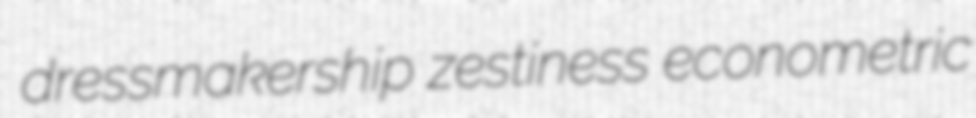
dressmakership zestiness econometric